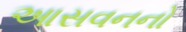
આસવનનો